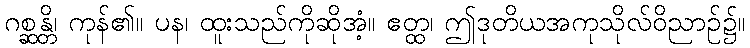
ဂစ္ဆန္တိ၊ ကုန်၏။ ပန၊ ထူးသည်ကိုဆိုအံ့။ ဧတ္ထ၊ ဤဒုတိယအကုသိုလ်ဝိညာဉ်၌။